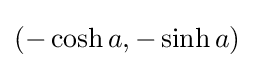
(-\cosh a,-\sinh a)